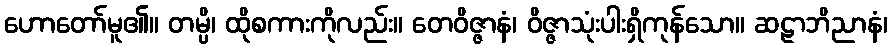
ဟောတော်မူ၏။ တမ္ပိ၊ ထိုစကားကိုလည်း။ တေဝိဇ္ဇာနံ၊ ဝိဇ္ဇာသုံးပါးရှိကုန်သော။ ဆဠာဘိညာနံ၊